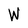
Character: W